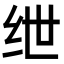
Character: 绁